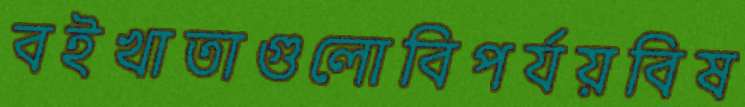
বইখাতাগুলোবিপর্যয়বিষ